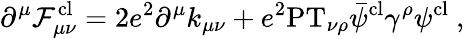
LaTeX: \partial^{\mu}\mathcal{F}_{\mu\nu}^{\mathrm{{cl}}}=2e^{2}\partial^{\mu}k_{\mu\nu}+e^{2}\mathrm{{PT}}_{\nu\rho}\bar{{\psi}}^{\mathrm{{cl}}}\gamma^{\rho}\psi^{\mathrm{{cl}}}\ ,